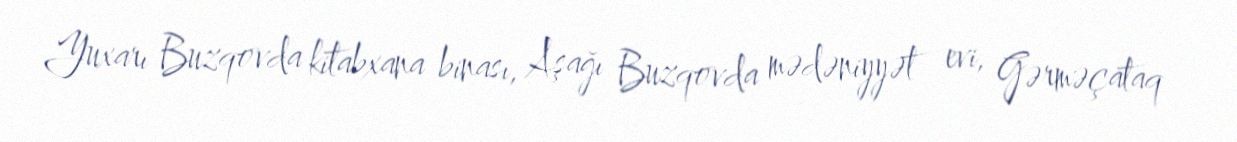
Yuxarı Buzqovda kitabxana binası, Aşağı Buzqovda mədəniyyət evi, Gərməçataq